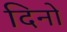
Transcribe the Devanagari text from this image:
दिनों